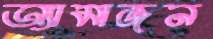
অ্যামাজন